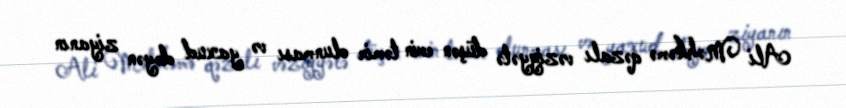
Ali Məhkəmə qəzalı vəziyyətə düşən evin təmir olunması və yaxud dəyən ziyanın